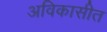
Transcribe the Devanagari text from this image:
अविकासीत